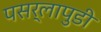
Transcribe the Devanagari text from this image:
पसर्लापुडी